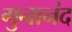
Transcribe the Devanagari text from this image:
गुनानंद